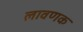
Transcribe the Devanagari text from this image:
लावणक